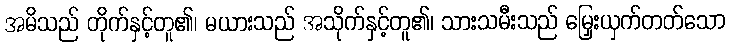
အမိသည် တိုက်နှင့်တူ၏၊ မယားသည် အသိုက်နှင့်တူ၏၊ သားသမီးသည် မြှေးယှက်တတ်သော